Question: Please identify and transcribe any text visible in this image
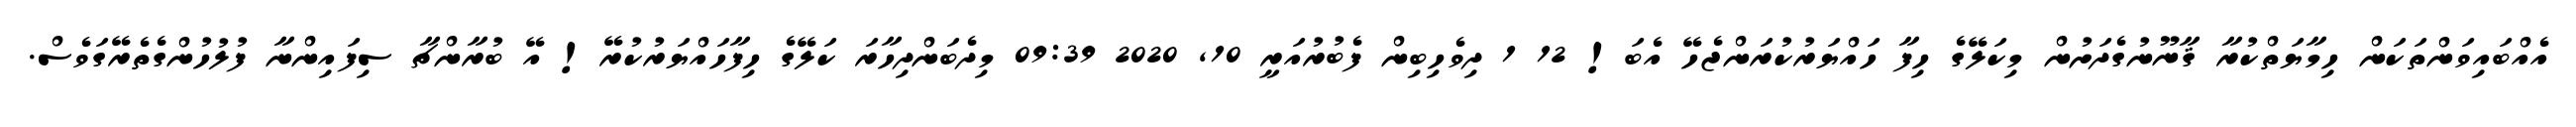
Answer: އެއްބައިވަންތަކަން ހިމާޔަތްކުރާ ޤާނޫނުގެދަށުން މިކަލޭގެ ހިފާ ހައްޔަރުކުރަންޖެހޭ އެބަ! 12 1 ދިވެހިބިން ފެބުރުއަރީ 10, 2020 09:39 މިދެބަންދިހާރަ ކަލޭގެ ހިފާހައްޔަރުކުރޭ! އޭ ބުރާންޗާ ސިފައިންނާ ފުލުހުންގެތެރޭގަވެސް.